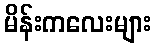
မိန်းကလေးများ